Lunatic asylums Madras 1877-1891 - 1877-1891
Year: 1877
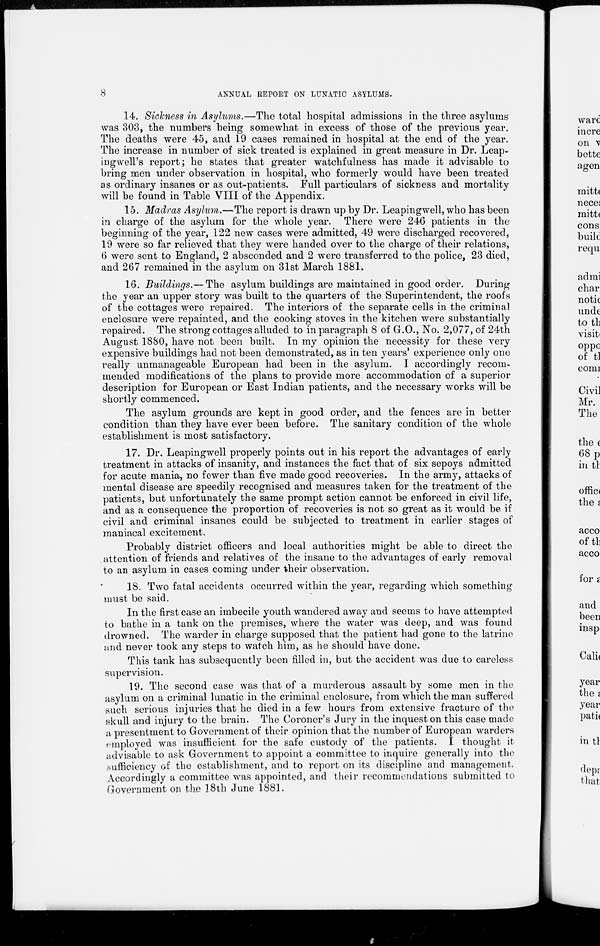
8
ANNUAL REPORT ON LUNATIC ASYLUMS.
14. Sickness in Asylums.—The total hospital admissions in the three asylums
was 303, the numbers being somewhat in excess of those of the previous year.
The deaths were 45, and 19 cases remained in hospital at the end of the year.
The increase in number of sick treated is explained in great measure in Dr. Leap-
ingwell's report; he states that greater watchfulness has made it advisable to
bring men under observation in hospital, who formerly would have been treated
as ordinary insanes or as out-patients. Full particulars of sickness and mortality
will be found in Table VIII of the Appendix.
15. Madras Asylum.—The report is drawn up by Dr. Leapingwell, who has been
in charge of the asylum for the whole year. There were 246 patients in the
beginning of the year, 122 new cases were admitted, 49 were discharged recovered,
19 were so far relieved that they were handed over to the charge of their relations,
6 were sent to England, 2 absconded and 2 were transferred to the police, 23 died,
and 267 remained in the asylum on 31st March 1881.
16. Buildings.— The asylum buildings are maintained in good order. During
the year an upper story was built to the quarters of the Superintendent, the roofs
of the cottages were repaired. The interiors of the separate cells in the criminal
enclosure were repainted, and the cooking stoves in the kitchen were substantially
repaired. The strong cottages alluded to in paragraph 8 of G.O., No. 2,077, of 24th
August 1880, have not been built. In my opinion the necessity for these very
expensive buildings had not been demonstrated, as in ten years' experience only one
really unmanageable European had been in the asylum. I accordingly recom-
mended modifications of the plans to provide more accommodation of a superior
description for European or East Indian patients, and the necessary works will be
shortly commenced.
The asylum grounds are kept in good order, and the fences are in better
condition than they have ever been before. The sanitary condition of the whole
establishment is most satisfactory.
17. Dr. Leapingwell properly points out in his report the advantages of early
treatment in attacks of insanity, and instances the fact that of six sepoys admitted
for acute mania, no fewer than five made good recoveries. In the army, attacks of
mental disease are speedily recognised and measures taken for the treatment of the
patients, but unfortunately the same prompt action cannot be enforced in civil life,
and as a consequence the proportion of recoveries is not so great as it would be if
civil and criminal insanes could be subjected to treatment in earlier stages of
maniacal excitement.
Probably district officers and local authorities might be able to direct the
attention of friends and relatives of the insane to the advantages of early removal
to an asylum in cases coming under their observation.
18. Two fatal accidents occurred within the year, regarding which something
must be said.
In the first case an imbecile youth wandered away and seems to have attempted
to bathe in a tank on the premises, where the water was deep, and was found
drowned. The warder in charge supposed that the patient had gone to the latrine
and never took any steps to watch him, as he should have done.
This tank has subsequently been filled in, but the accident was due to careless
supervision.
19. The second case was that of a murderous assault by some men in the
asylum on a criminal lunatic in the criminal enclosure, from which the man suffered
such serious injuries that he died in a few hours from extensive fracture of the
skull and injury to the brain. The Coroner's Jury in the inquest on this case made
a presentment to Government of their opinion that the number of European warders
employed was insufficient for the safe custody of the patients. I thought it
advisable to ask Government to appoint a committee to inquire generally into the
sufficiency of the establishment, and to report on its discipline and management.
Accordingly a committee was appointed, and their recommendations submitted to
Government on the 18th June 1881.